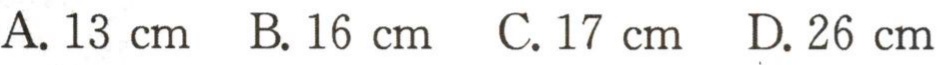
A. \(13\mathrm{cm}\)  B. \(16\mathrm{cm}\)  C. \(17\mathrm{cm}\)  D. \(26\mathrm{cm}\)